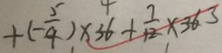
+ ( - \frac { 5 } { 4 } ) \times 3 6 + \frac { 7 } { 1 2 } \times 3 6 3